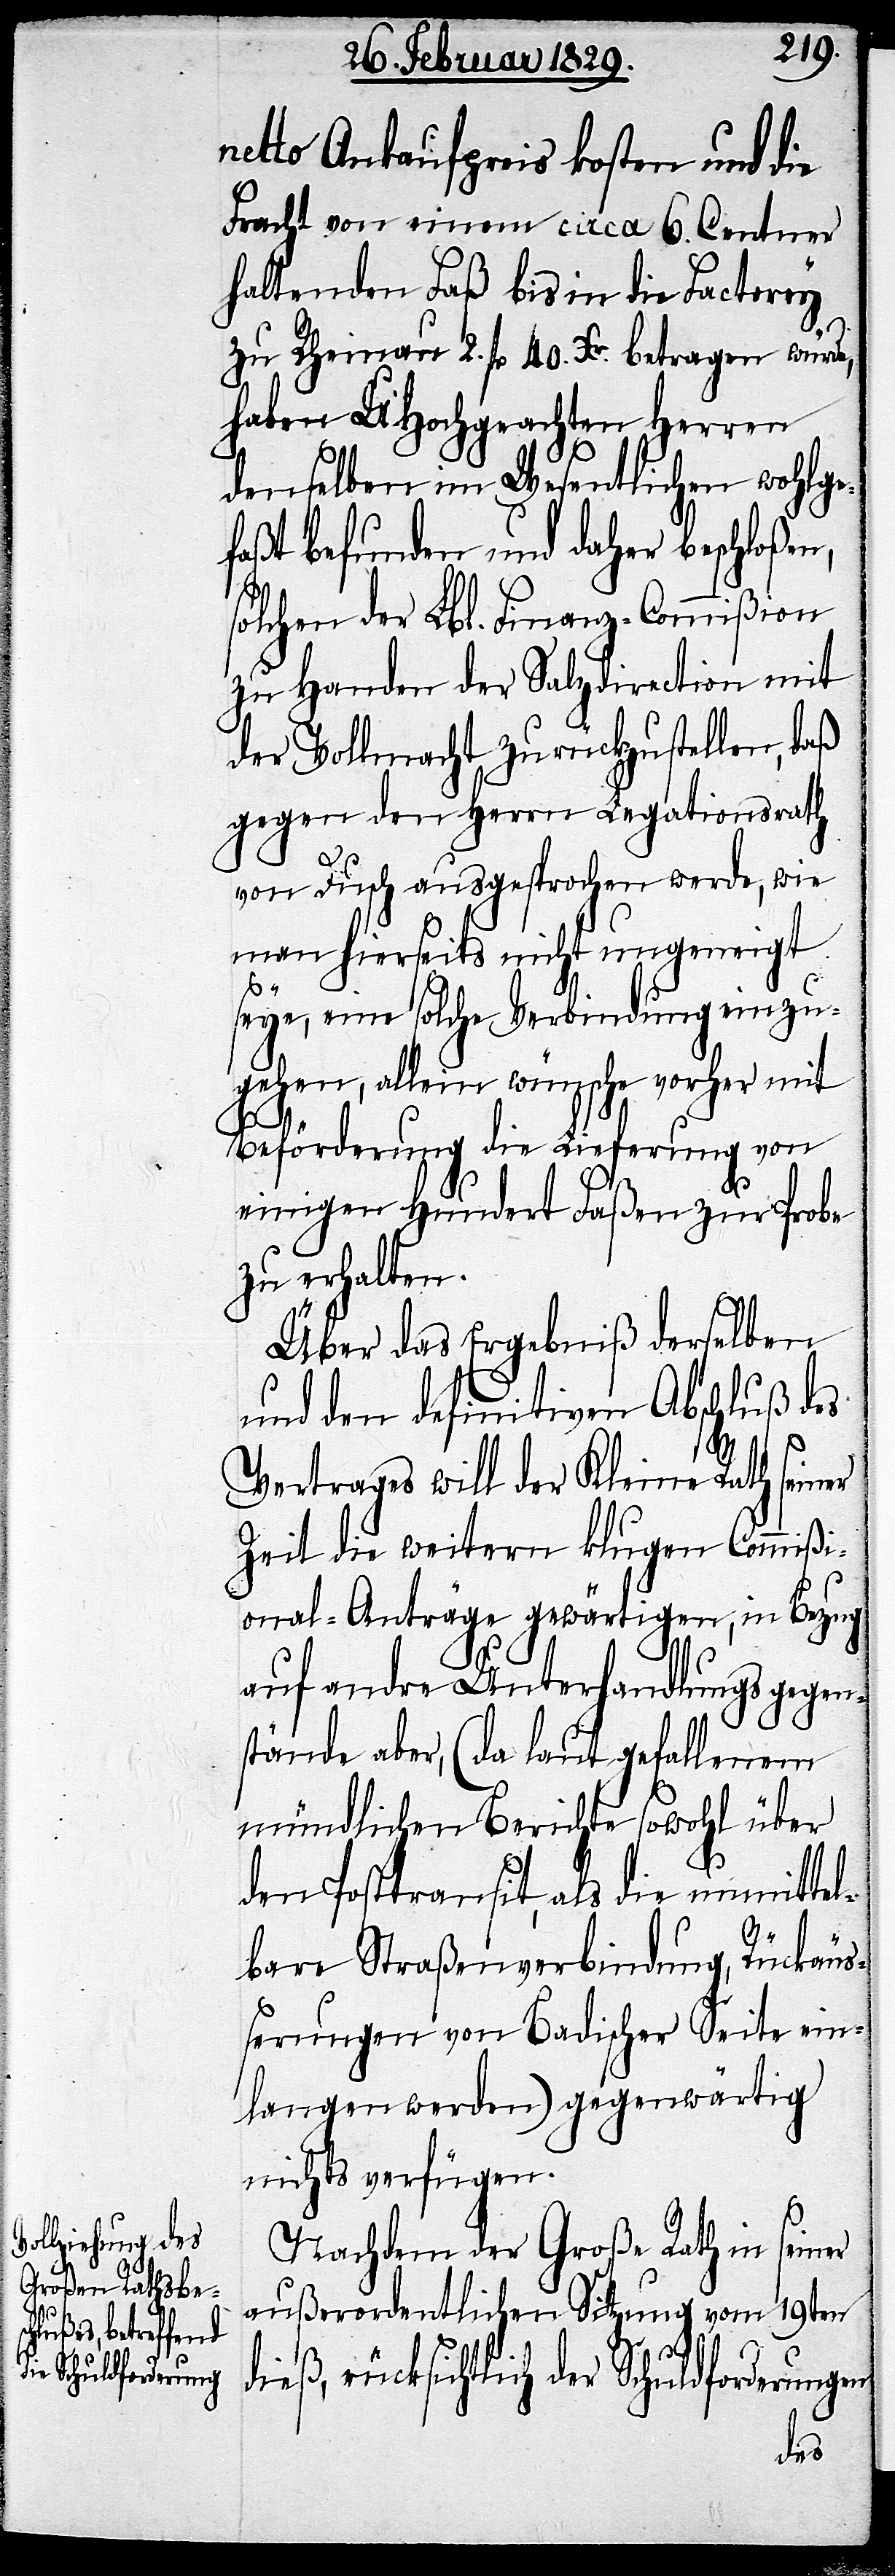
netto Ankaufpreis kosten und die
Fracht von einem circa 6. Centner
haltenden Faß bis in die Factorey
zu Rheinau 2. fl. 40. Xr. betragen würde,
haben UHochgeachten Herren
denselben im Wesentlichen wohlge¬
faßt befunden und daher beschloßen,
solchen der Lbl. Finanz-Commißion
zu Handen der Salzdirection mit
der Vollmacht zurückzustellen, daß
gegen den Herrn Legationsrath
von Dusch ausgesprochen werde, wie
man hierseits nicht ungeneigt
seye, eine solche Verbindung einzu¬
gehen, allein wünsche vorher mit
Beförderung die Lieferung von
einigen hundert Faßen zur Probe
zu erhalten.
Über das Ergebniß derselben
und den definitiven Abschluß des
Vertrages will der Kleine Rath seiner
Zeit die weitern klugen Commißi¬
onal-Anträge gewärtigen, in Bezug
auf andre Unterhandlungsgegen¬
stände aber, (da laut gefallenem
mündlichen Berichte sowohl über
den Posttransit, als die unmittel¬
bare Straßenverbindung, Rückäuß¬
erungen von Badischer Seite ein¬
langen werden) gegenwärtig
nicht verfügen.
Nachdem der Große Rath in seiner
außerordentlichen Sitzung vom 19ten
dieß, rücksichtlich der Schuldforderungen